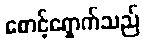
စောင့်ရှောက်သည်